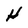
Character: H